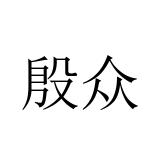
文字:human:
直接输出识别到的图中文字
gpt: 殷众